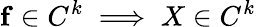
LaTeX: \mathbf{f}\in C^{k}\implies X\in C^{k}